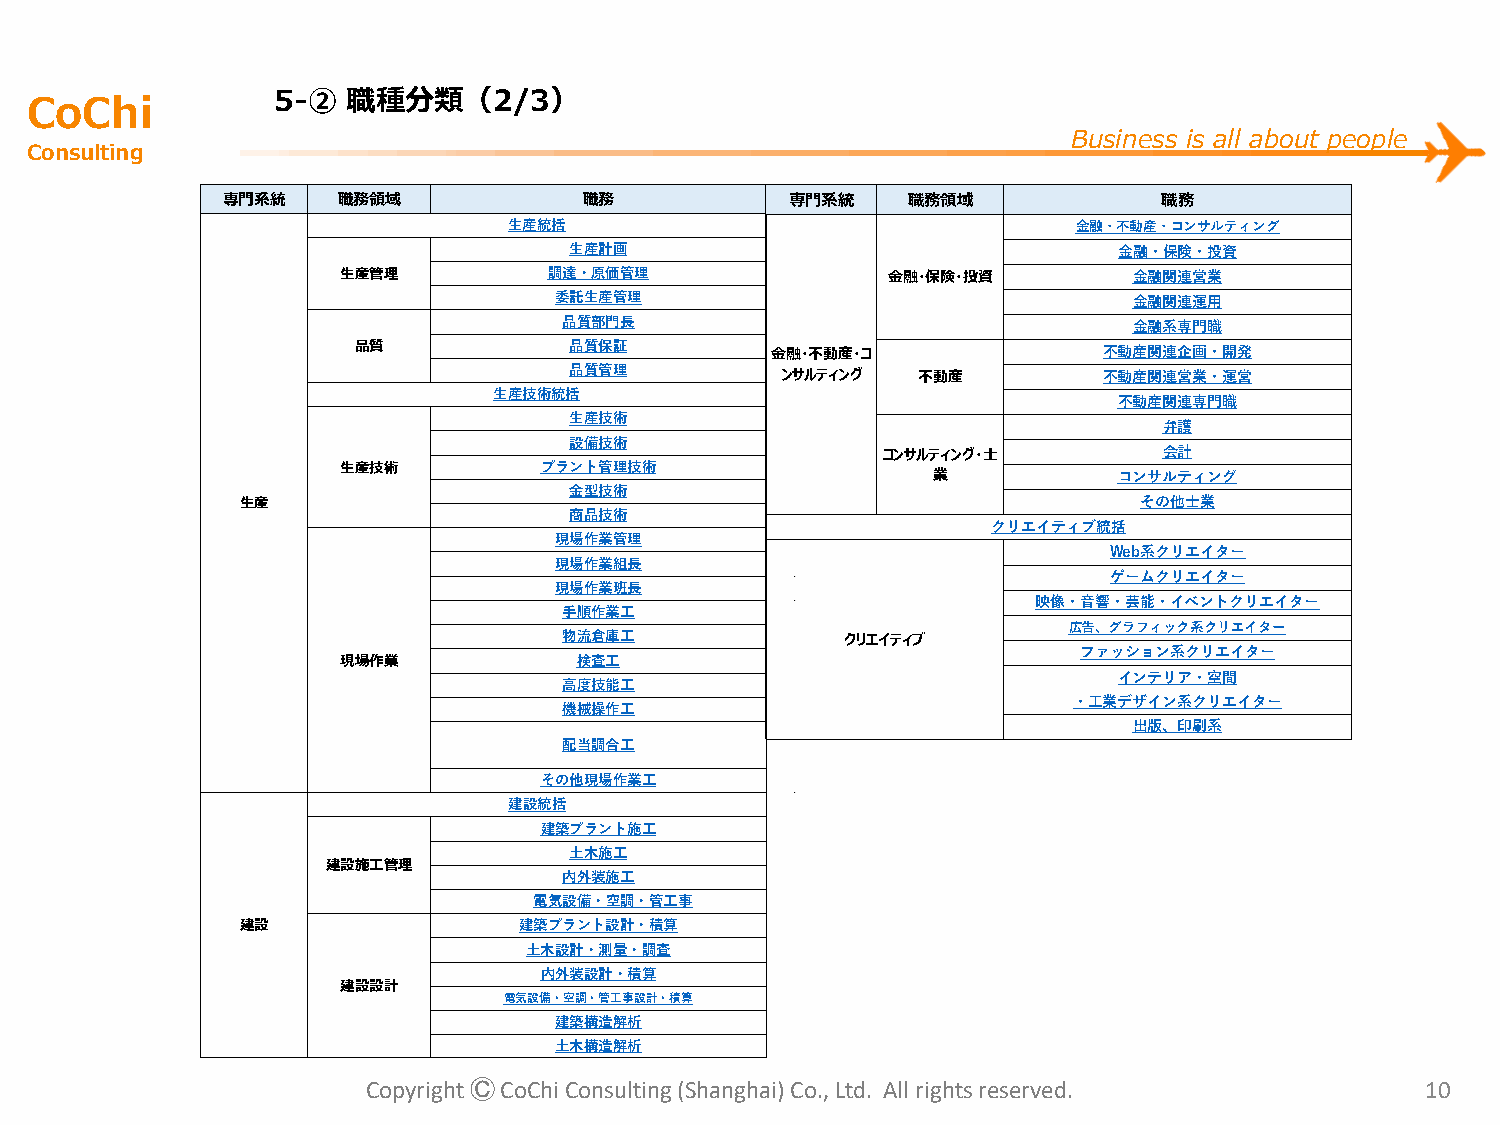
CoChi           5-②  職種分類（2/3）
 Business is all about people
 Consulting
 専門系統   職務領域             職務           専門系統    職務領域             職務
 生産統括                                 金融・不動産・コンサルティング
 生産計画                                金融・保険・投資
 生産管理         調達・原価管理                金融・保険・投資        金融関連営業
 委託生産管理                                金融関連運用
 品質部門長                                 金融系専門職
 品質             品質保証         金融・不動産・コ              不動産関連企画・開発
 品質管理          ンサルティング  不動産         不動産関連営業・運営
 生産技術統括
 不動産関連専門職
 生産技術
 弁護
 設備技術
 コンサルティング・士         会計
 生産技術         プラント管理技術
 業           コンサルティング
 金型技術
 生産                                                         その他士業
 商品技術
 クリエイティブ統括
 現場作業管理
 Web系クリエイター
 現場作業組長
 ゲームクリエイター
 現場作業班長
 映像・音響・芸能・イベントクリエイター
 手順作業工
 広告、グラフィック系クリエイター
 物流倉庫工              クリエイティブ
 ファッション系クリエイター
 現場作業           検査工
 インテリア・空間
 高度技能工
 ・工業デザイン系クリエイター
 機械操作工
 出版、印刷系
 配当調合工
 その他現場作業工
 建設統括
 建築プラント施工
 土木施工
 建設施工管理
 内外装施工
 電気設備・空調・管 工事
 建設                建築プラント設計・積算
 土木設計・測量・調査
 内外装設計・積算
 建設設計
 電気設備・空調・管工事設計・積算
 建築構造解析
 土木構造解析
 Copyright ⒸCoChi Consulting (Shanghai) Co., Ltd. All rights reserved. 10